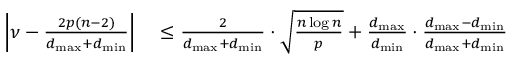
\begin{array} { r l } { \left| \nu - \frac { 2 p ( n - 2 ) } { d _ { \operatorname* { m a x } } + d _ { \operatorname* { m i n } } } \right| } & { { } \leq \frac { 2 } { d _ { \operatorname* { m a x } } + d _ { \operatorname* { m i n } } } \cdot \sqrt { \frac { n \log n } { p } } + \frac { d _ { \operatorname* { m a x } } } { d _ { \operatorname* { m i n } } } \cdot \frac { d _ { \operatorname* { m a x } } - d _ { \operatorname* { m i n } } } { d _ { \operatorname* { m a x } } + d _ { \operatorname* { m i n } } } } \end{array}